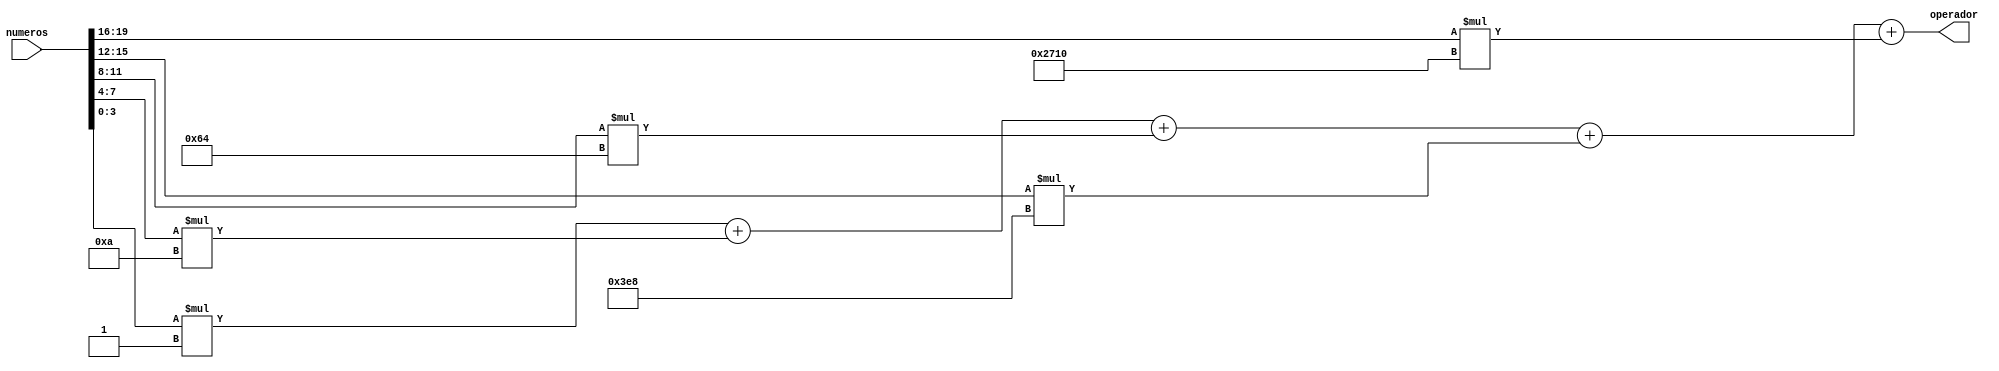
module conversor_num_16b(
    input [19:0] numeros,
    output [15:0] operador

    );
    
    localparam exp4= 16'd10000;
    localparam exp3= 16'd1000;
    localparam exp2= 16'd100;
    localparam exp1= 16'd10;
    localparam exp0= 16'd1;
    
    wire [15:0] num_exp4,num_exp3,num_exp2,num_exp1,num_exp0;
    
    assign num_exp4={12'b0,numeros[19:16]}*exp4;
    assign num_exp3={12'b0,numeros[15:12]}*exp3;
    assign num_exp2={12'b0,numeros[11:8]}*exp2;
    assign num_exp1={12'b0,numeros[7:4]}*exp1;
    assign num_exp0={12'b0,numeros[3:0]}*exp0;
    
    assign operador=num_exp0+num_exp1+num_exp2+num_exp3+num_exp4;
    
endmodule